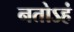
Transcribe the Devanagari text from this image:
नतोऽहं